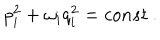
LaTeX: p _ { i } ^ { 2 } + \omega _ { i } q _ { i } ^ { 2 } = c o n s t ~ .